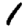
Digit: 1